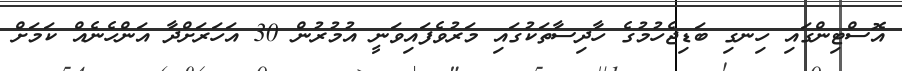
އޮސްޓިންގައި ހިނގި ބަޑިޖެހުމުގެ ހާދިސާތަކުގައި މަރުވެފައިވަނީ އުމުރުން 30 އަހަރަށްދާ އަންހެނެއް ކަމަށް